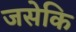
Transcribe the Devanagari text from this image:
जसेकि